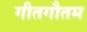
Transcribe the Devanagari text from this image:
गीतगौतम